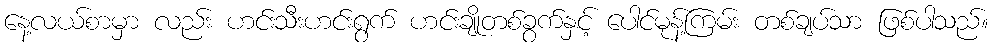
နေ့လယ်စာမှာ လည်း ဟင်းသီးဟင်းရွက် ဟင်းချိုတစ်ခွက်နှင့် ပေါင်မုန့်ကြမ်း တစ်ချပ်သာ ဖြစ်ပါသည်။